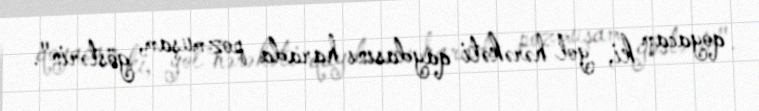
qoyacam ki, yol hərəkəti qaydasını harada pozmuşam, göstərin".